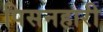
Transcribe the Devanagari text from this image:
पिसनहारी